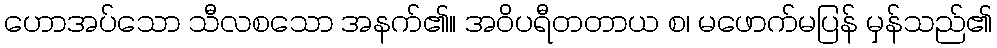
ဟောအပ်သော သီလစသော အနက်၏။ အဝိပရီတတာယ စ၊ မဖောက်မပြန် မှန်သည်၏